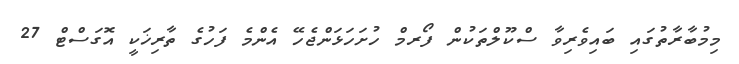
މިމުބާރާތުގައި ބައިވެރިވާ ސްކޫލްތަކުން ފޯރމް ހުށަހަޅަންޖެހޭ އެންމެ ފަހުގެ ތާރިޚަކީ އޮގަސްޓް 27